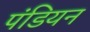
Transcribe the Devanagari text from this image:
पंडियन